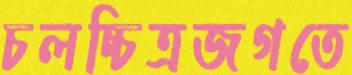
চলচ্চিত্রজগতে